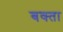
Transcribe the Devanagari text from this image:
बक्‍ता